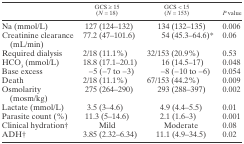
<table><thead><tr><td></td><td><b>GCS ≥3; 15 (<i>N</i> = 18)</b></td><td><b>GCS &lt; 15 (<i>N</i> = 153)</b></td><td><b><i>P</i> value</b></td></tr></thead><tbody><tr><td>Na (mmol/L)</td><td>127 (124–132)</td><td>134 (132–135)</td><td>0.006</td></tr><tr><td>Creatinine clearance (mL/min)</td><td>77.2 (47–101.6)</td><td>54 (45.3–64.6)*</td><td>0.06</td></tr><tr><td>Required dialysis</td><td>2/18 (11.1%)</td><td>32/153 (20.9%)</td><td>0.53</td></tr><tr><td>HCO<sub>3</sub> (mmol/L)</td><td>18.8 (17.1–20.1)</td><td>16 (14.5–17)</td><td>0.048</td></tr><tr><td>Base excess</td><td>−5 (−7 to −3)</td><td>−8 (−10 to −6)</td><td>0.054</td></tr><tr><td>Death</td><td>2/18 (11.1%)</td><td>67/153 (44.2%)</td><td>0.009</td></tr><tr><td>Osmolarity (mosm/kg)</td><td>275 (264–290)</td><td>293 (288–397)</td><td>0.002</td></tr><tr><td>Lactate (mmol/L)</td><td>3.5 (3–4.6)</td><td>4.9 (4.4–5.5)</td><td>0.01</td></tr><tr><td>Parasite count (%)</td><td>11.3 (5–14.6)</td><td>2.1 (1.6–3)</td><td>0.001</td></tr><tr><td>Clinical hydration†</td><td>Mild</td><td>Moderate</td><td>0.08</td></tr><tr><td>ADH†</td><td>3.85 (2.32–6.34)</td><td>11.1 (4.9–34.5)</td><td>0.02</td></tr></tbody></table>